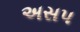
અસપ